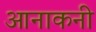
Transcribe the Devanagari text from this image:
आनाकनी